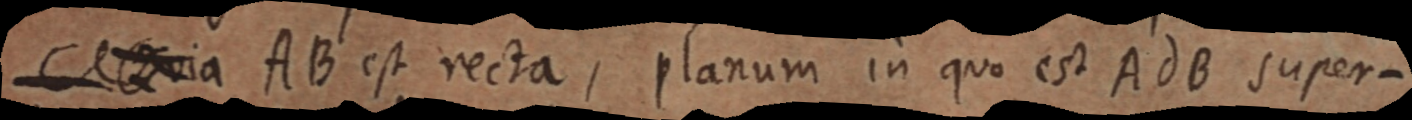
via AB est recta, planum in quo est AdB super-